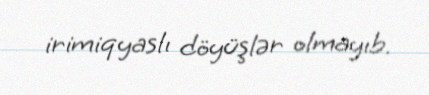
irimiqyaslı döyüşlər olmayıb.